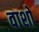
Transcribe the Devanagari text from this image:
वाशो